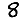
Digit: 8